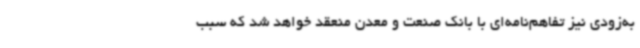
‌به‌زودی نیز تفاهم‌نامه‌ای با بانک صنعت و معدن منعقد خواهد شد که سبب